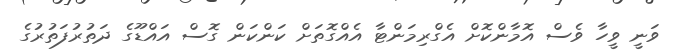
ވަނީ ވީހާ ވެސް އޮމާންކޮށް އެގްރިމަންޓާ އެއްގޮތަށް ކަންކަން ގޮސް އައްޑޫގެ ދަތުރުފަތުރުގެ